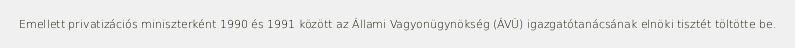
Emellett privatizációs miniszterként 1990 és 1991 között az Állami Vagyonügynökség (ÁVÜ) igazgatótanácsának elnöki tisztét töltötte be.